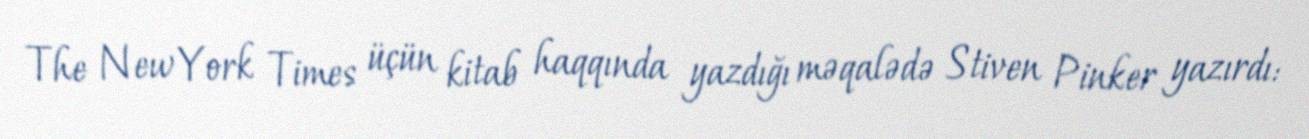
The New York Times üçün kitab haqqında yazdığı məqalədə Stiven Pinker yazırdı: